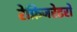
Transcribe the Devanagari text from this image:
रेफ्रिजरेटरों